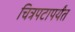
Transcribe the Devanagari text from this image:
चित्रपटापर्यंत